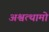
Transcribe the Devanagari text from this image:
अश्वत्थामो